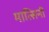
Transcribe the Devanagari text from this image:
मात्सिनी